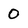
Character: 0